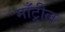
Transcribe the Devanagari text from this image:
माँट्रील